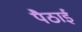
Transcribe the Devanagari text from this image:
पैठाई